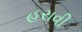
હરાવી